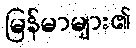
မြန်မာများ၏